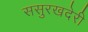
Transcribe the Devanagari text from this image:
ससुरखदेरी